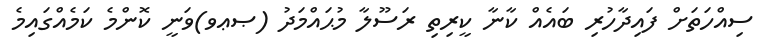
ސިއްހަތަށް ފައިދާހުރި ބައެއް ކާނާ ކީރިތި ރަސޫލާ މުޙައްމަދު (ޞޢވ)ވަނީ ކޮންމެ ކަމެއްގައިމެ